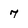
Character: 7